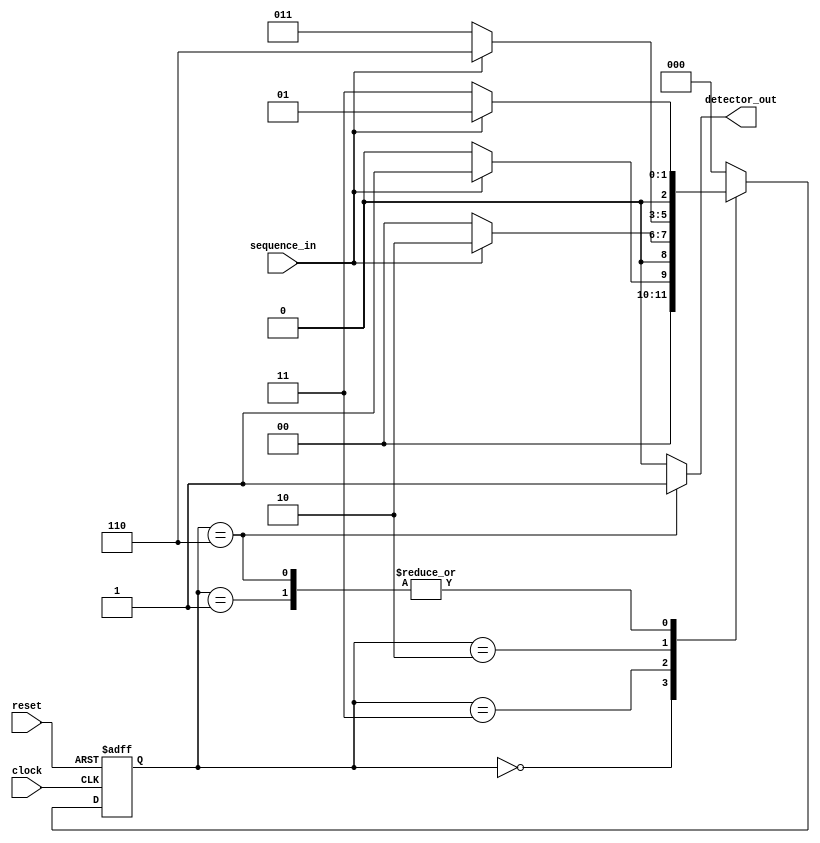
`timescale 1ns / 1ps
//////////////////////////////////////////////////////////////////////////////////
// Company: 
// Engineer: 
// 
// Design Name: 
// Module Name:    SD_MOORE_VERILOG 
// Project Name: 
// Target Devices: 
// Tool versions: 
// Description: 
//
// Dependencies: 
//
// Revision: 
// Revision 0.01 - File Created
// Additional Comments: 
//
//////////////////////////////////////////////////////////////////////////////////
module SD_MOORE_Verilog(sequence_in,clock,reset,detector_out);
input clock; // clock signal
input reset; // reset input
input sequence_in; // binary input
output reg detector_out; // output of the sequence detector
parameter  Zero=3'b000, // "Zero" State, s0,s1,s2,s3,s4,00
  One=3'b001, // "One" State
  OneZero=3'b011, // "OneZero" State
  OneZeroOne=3'b010, // "OnceZeroOne" State
  OneZeroOneOne=3'b110;// "OneZeroOneOne" State

reg [2:0] current_state, next_state; // current state and next state
// sequential memory of the Moore FSM
always @(posedge clock, posedge reset)
begin
 if(reset==1) 
 current_state <= Zero;// when reset=1, reset the state of the FSM to "Zero" State
 else
 current_state <= next_state; // otherwise, next state
end 
// combinational logic of the Moore FSM
// to determine next state 








always @(current_state,sequence_in)
begin
 case(current_state) 
 Zero:begin
  if(sequence_in==1)
   next_state = One;
  else
   next_state = Zero;
 end
 One:begin
  if(sequence_in==0)
   next_state = OneZero;
  else
   next_state = One;
 end
 OneZero:begin
  if(sequence_in==0)
   next_state = Zero;
  else
   next_state = OneZeroOne;
 end 
 OneZeroOne:begin
  if(sequence_in==0)
   next_state = OneZero;
  else
   next_state = OneZeroOneOne;
 end
 OneZeroOneOne:begin
  if(sequence_in==0)
   next_state = OneZero;
  else
   next_state = One;
 end
 default:next_state = Zero;
 endcase
end
// combinational logic to determine the output
// of the Moore FSM, output only depends on current state
always @(current_state)
begin 
 case(current_state) 
 Zero:   detector_out = 0;
 One:   detector_out = 0;
 OneZero:  detector_out = 0;
 OneZeroOne:  detector_out = 0;
 OneZeroOneOne:  detector_out = 1;
 default:  detector_out = 0;
 endcase
end 
endmodule